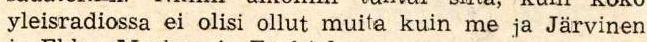
yleisradiossa ei olisi ollut muita kuin me ja Järvinen